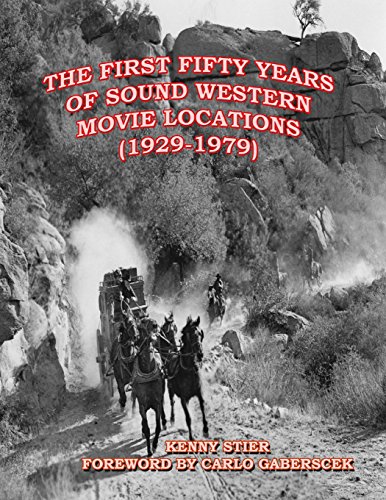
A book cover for The First Fifty Years of Sound Western Movie Locations (1929-1979); Kenny Stier; Humor & Entertainment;